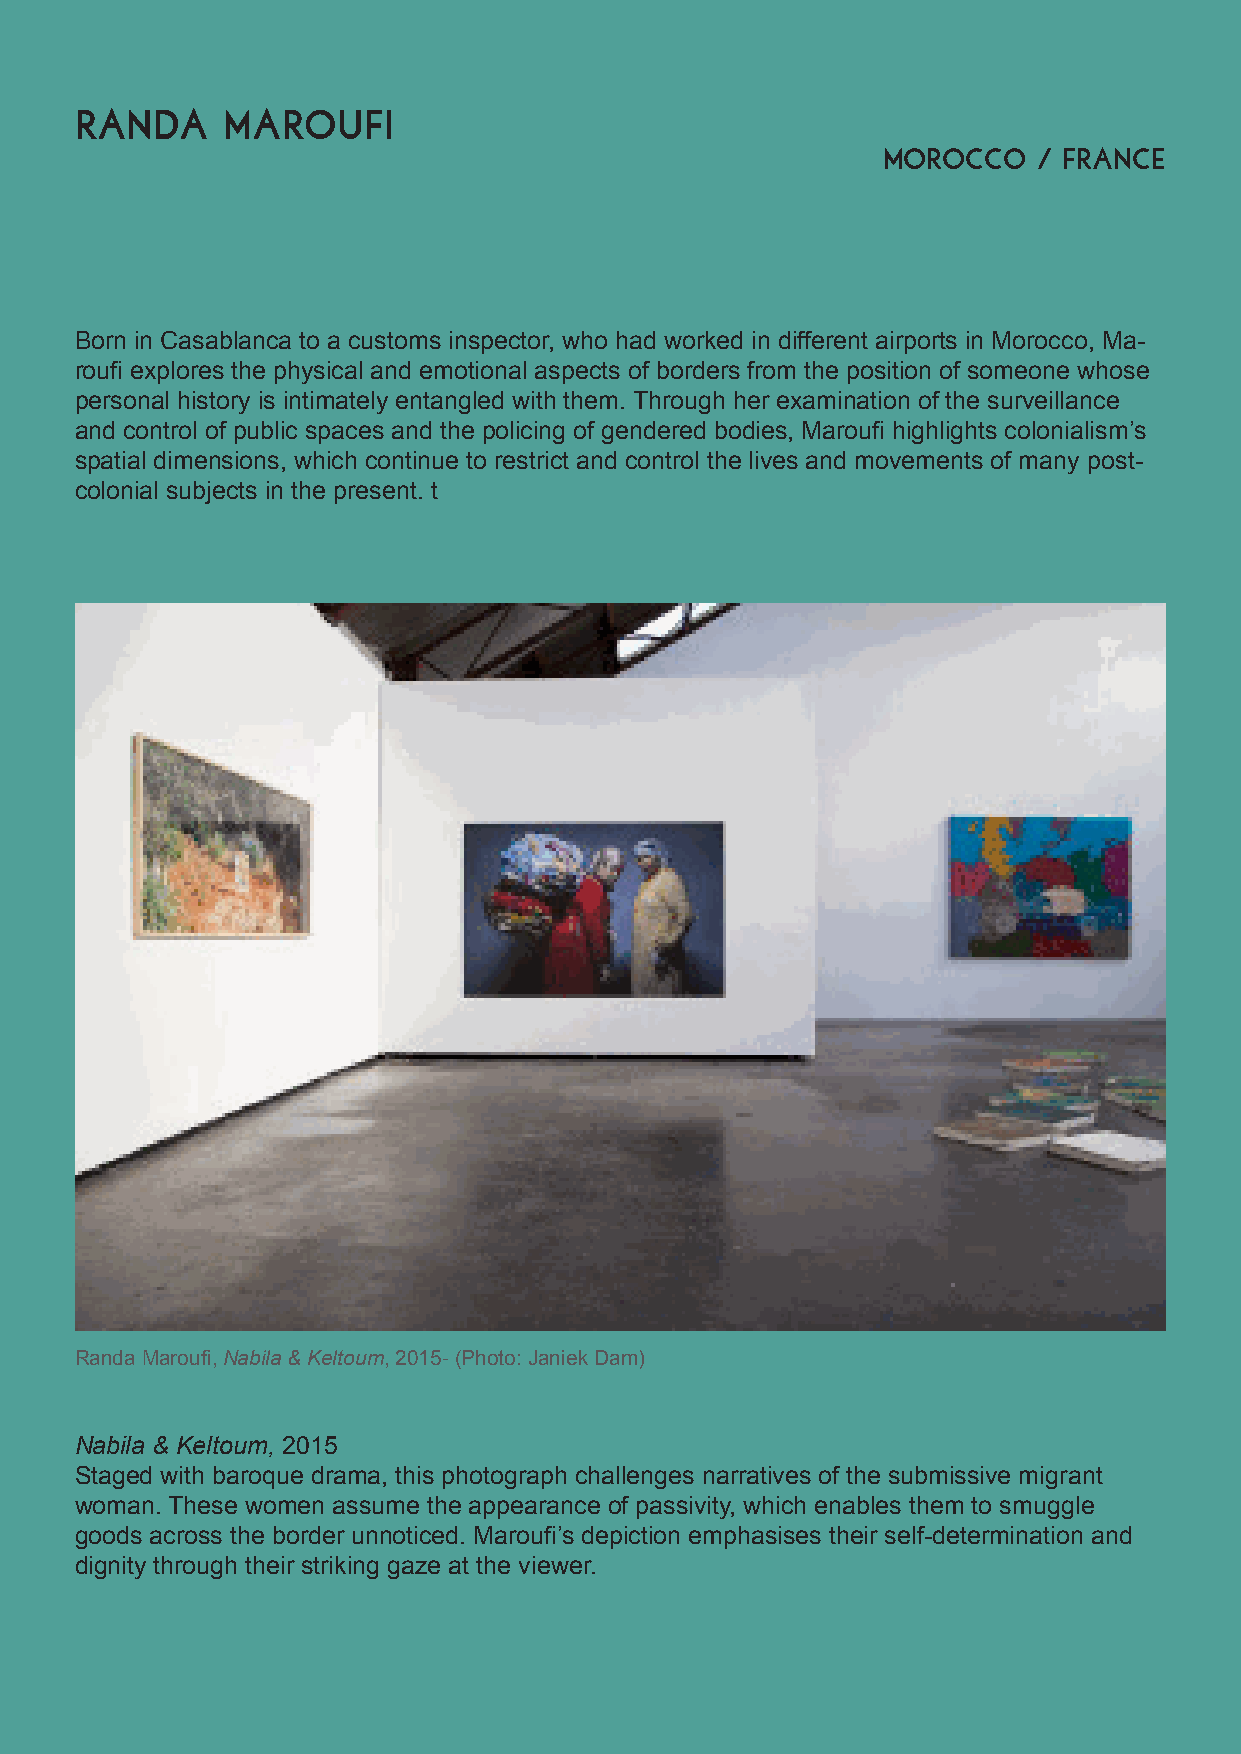
raNda     Maroufi     (
 morocco    / France(
 Born in Casablanca to a customs inspector, who had worked in different airports in Morocco, Ma-
 roufi explores the physical and emotional aspects of borders from the position of someone whose
 personal history is intimately entangled with them. Through her examination of the surveillance
 and control of public spaces and the policing of gendered bodies, Maroufi highlights colonialism’s
 spatial dimensions, which continue to restrict and control the lives and movements of many post-
 colonial subjects in the present. t
 Randa Maroufi, Nabila & Keltoum, 2015- (Photo: Janiek Dam)
 Nabila & Keltoum, 2015
 Staged with baroque drama, this photograph challenges narratives of the submissive migrant
 woman. These women assume the appearance of passivity, which enables them to smuggle
 goods across the border unnoticed. Maroufi’s depiction emphasises their self-determination and
 dignity through their striking gaze at the viewer.